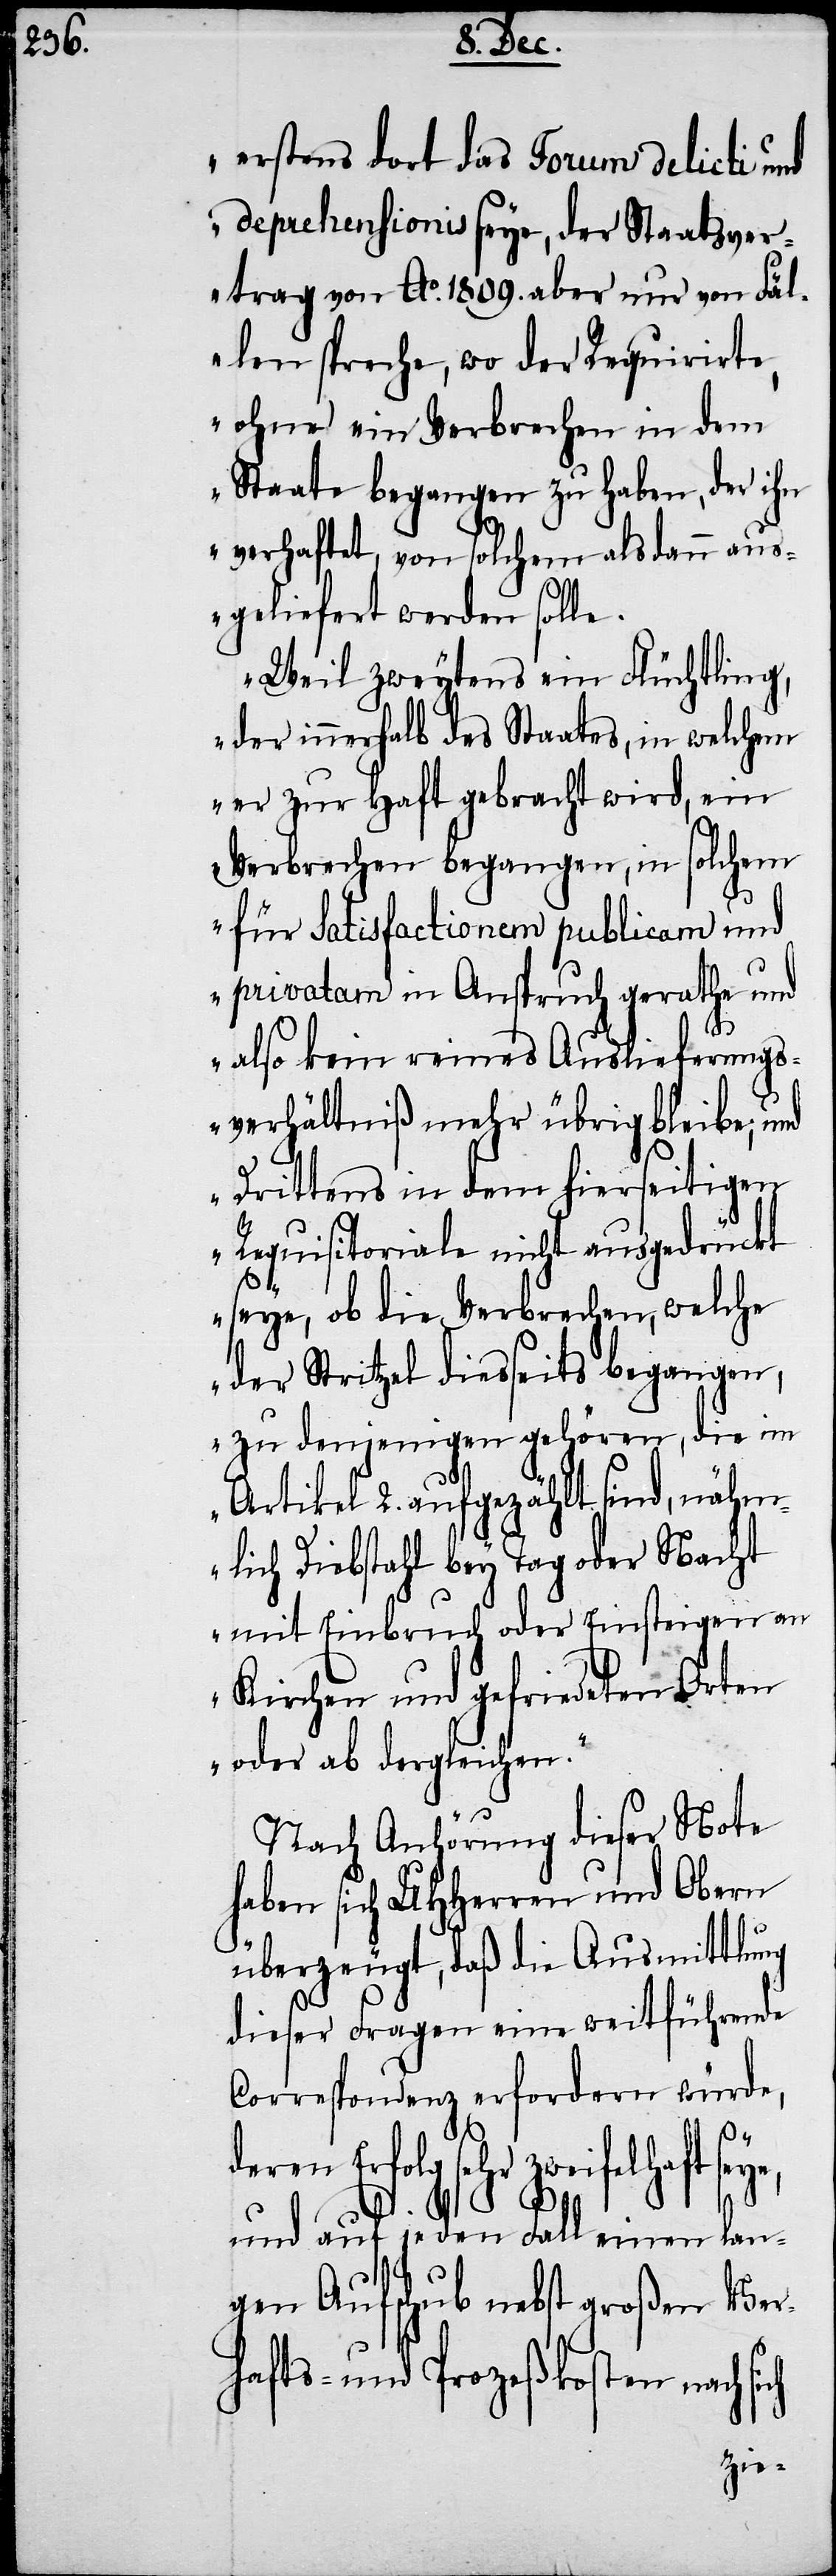
„erstens dort das Forum delicti und
deprehensionis seye, der Staatsver¬
trag von Ao. 1809. aber nur von Fäl¬
len spreche, wo der Requirirte,
ohne ein Verbrechen in dem
Staate begangen zu haben, der ihn
verhaftet, von solchem alsdann aus¬
geliefert werden solle.
Weil zweytens ein Flüchtling,
der innerhalb des Staates, in welchem
er zur Haft gebracht wird, ein
Verbrechen begangen, in solchem
für Satisfactionem publicam und
privatam in Anspruch gerathe und
also kein reines Auslieferungs¬
verhältniß mehr übrig bleibe; und
Drittens in dem hierseitigen
Requisitoriale nicht ausgedrückt
seye, ob die Verbrechen, welche
der Stritzel diesseits begangen,
zu denjenigen gehören, die im
Artikel 2. aufgezählt sind, nähm¬
lich Diebstahl bey Tag oder Nacht
mit Einbruch oder Einsteigen an
Kirchen und gefriedeten Orten
oder ab dergleichen.“
Nach Anhörung dieser Note
haben sich UHHerren und Obern
überzeugt, daß die Ausmittlung
dieser Fragen eine weitführende
Correspondenz erfordern würde,
deren Erfolg sehr zweifelhaft sey¬
e,
und auf jeden Fall einen lan¬
gen Aufschub nebst großen Ver¬
hafts- und Prozeßkosten nach